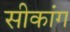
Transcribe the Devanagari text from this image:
सीकांग